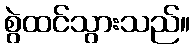
စွဲထင်သွားသည်။